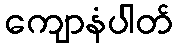
ကျောနံပါတ်